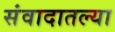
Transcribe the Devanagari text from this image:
संवादातल्या